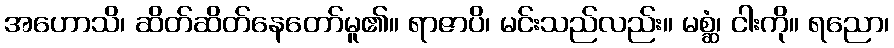
အဟောသိ၊ ဆိတ်ဆိတ်နေတော်မူ၏။ ရာဇာပိ၊ မင်းသည်လည်း။ မစ္ဆံ၊ ငါးကို။ ရညော၊